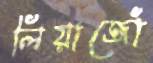
লিয়াজোঁ